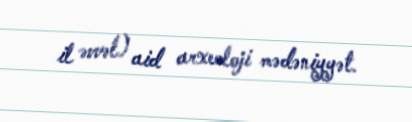
il əvvəl) aid arxeoloji mədəniyyət.